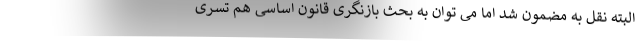
البته نقل به مضمون شد اما می توان به بحث بازنگری قانون اساسی هم تسری